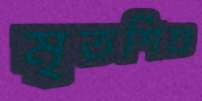
মৃতশিশু